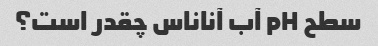
سطح pH آب آناناس چقدر است؟